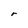
Character: r